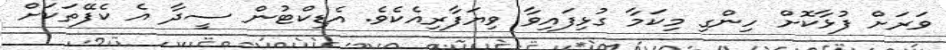
ވަރަށް ފުޅާކޮށް ހިންގި މިކަމާ ގުޅިފައިވާ ވިޔަފާރިއެކެވެ. އެޑިކްޓުން ސީދާ އެ ކެފޭތަކަށް